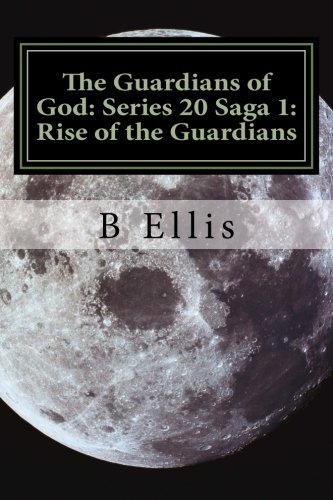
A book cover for The Guardians of God: Series 20 Saga 1: Rise of the Guardians (Volume 1); B A Ellis; Literature & Fiction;